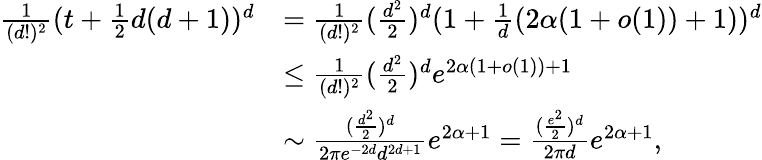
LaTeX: \begin{array}{rl}{\frac{1}{(d!)^{2}}(t+\frac{1}{2}d(d+1))^{d}}&{=\frac{1}{(d!)^{2}}(\frac{d^{2}}{2})^{d}(1+\frac{1}{d}(2\alpha(1+o(1))+1))^{d}}\\ &{\leq\frac{1}{(d!)^{2}}(\frac{d^{2}}{2})^{d}e^{2\alpha(1+o(1))+1}}\\ &{\sim\frac{(\frac{d^{2}}{2})^{d}}{2\pi e^{-2d}d^{2d+1}}e^{2\alpha+1}=\frac{(\frac{e^{2}}{2})^{d}}{2\pi d}e^{2\alpha+1},}\end{array}